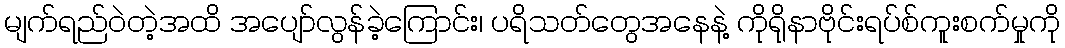
မျက်ရည်ဝဲတဲ့အထိ အပျော်လွန်ခဲ့ကြောင်း၊ ပရိသတ်တွေအနေနဲ့ ကိုရိုနာဗိုင်းရပ်စ်ကူးစက်မှုကို